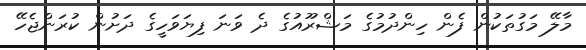
މާލޭ މަގުތަކުން ފެން ހިންދުމުގެ މަޝްރޫއުގެ ދެ ވަނަ ފިޔަވަހީގެ ދަށުން ކުރަންޖެހޭ